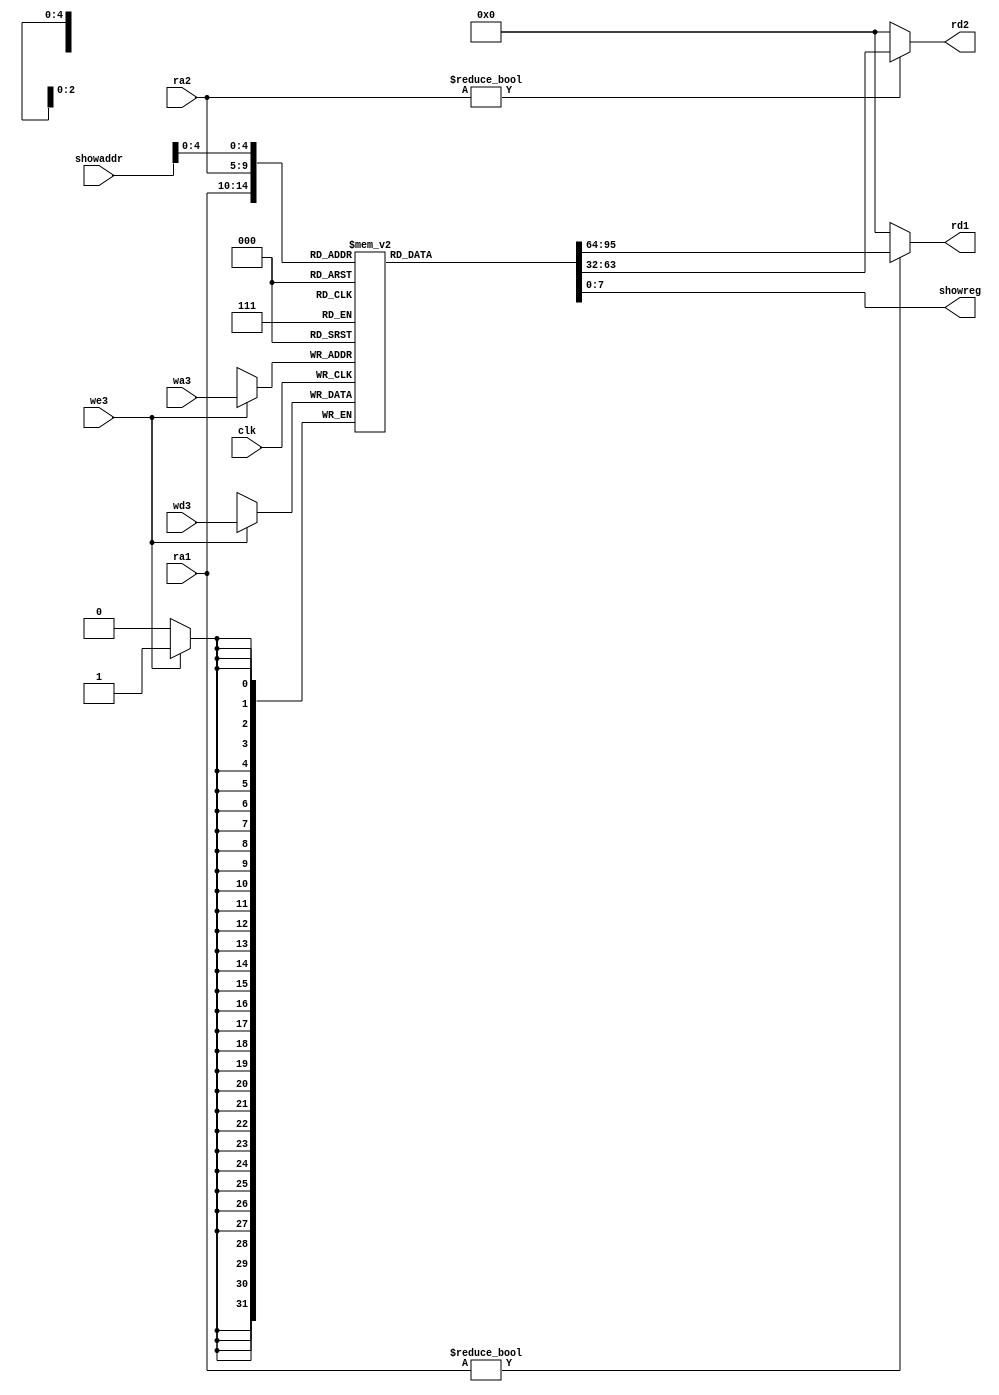
`timescale 1ns / 1ps

// 32 32bit registers
module RF
(
    input clk,                         
    input we3,                      // write enable
    input [4:0] ra1, ra2, wa3,      // 
    input [31:0] wd3,               //
    output [31:0] rd1, rd2,          // read data 1 and read data 2
    output [7:0] showreg,
    input [6:0] showaddr
);
   integer i;
   
   reg [31:0] rf [31:0];
   initial
   begin
       for (i = 0; i < 32; i=i+1)
       rf[i] = 0;
   end
   
   always @ (posedge clk)
       if (we3) rf[wa3] <= wd3;
   
   assign rd1 = (ra1 != 0) ? rf[ra1] : 0;
   assign rd2 = (ra2 != 0) ? rf[ra2] : 0;
   assign showreg = rf[showaddr];
endmodule